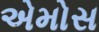
એમોસ